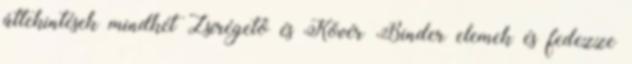
áttekintések mindkét Zsírégető és Kövér Binder elemek és fedezze